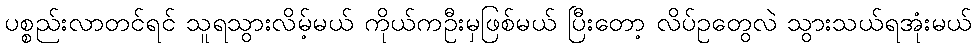
ပစ္စည်းလာတင်ရင် သူရသွားလိမ့်မယ် ကိုယ်ကဦးမှဖြစ်မယ် ပြီးတော့ လိပ်ဥတွေလဲ သွားသယ်ရအုံးမယ်